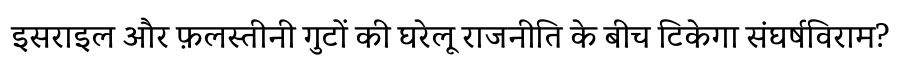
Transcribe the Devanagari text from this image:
इसराइल और फ़लस्तीनी गुटों की घरेलू राजनीति के बीच टिकेगा संघर्षविराम?